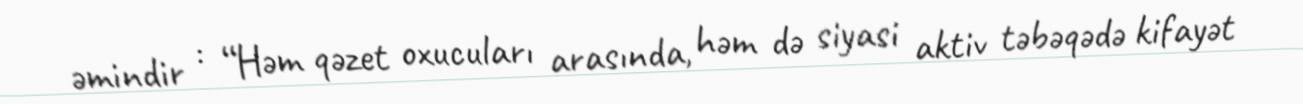
əmindir : “Həm qəzet oxucuları arasında, həm də siyasi aktiv təbəqədə kifayət